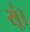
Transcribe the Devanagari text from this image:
सूं।